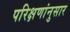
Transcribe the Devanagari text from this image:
परिक्षणांनुसार